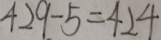
4 2 9 - 5 = 4 2 4